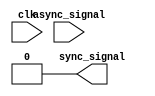
module synchronizer #(parameter width = 1) (
  input [width-1:0] async_signal,
  input clk,
  output [width-1:0] sync_signal
);
  // USE YOUR IMPLEMENTATION FROM PREVIOUS LABS.
  assign sync_signal = 0;
endmodule